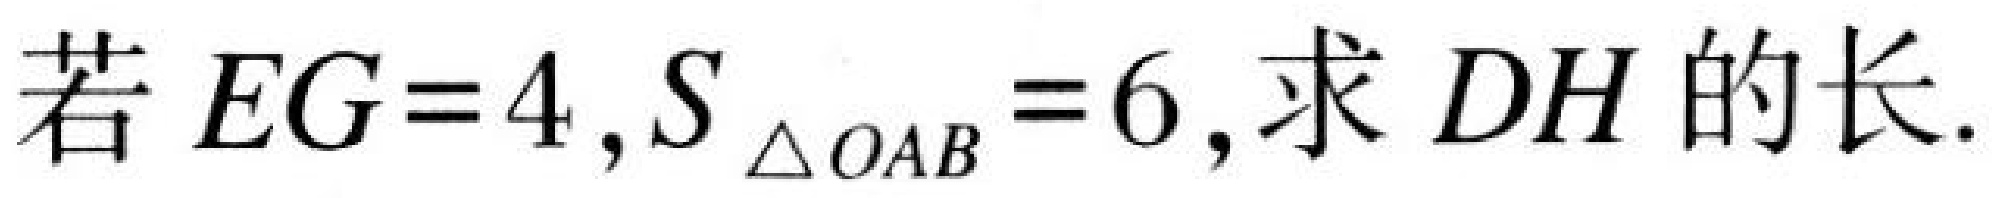
若\(EG = 4,S_{\triangle OAB}=6\),求\(DH\)的长.